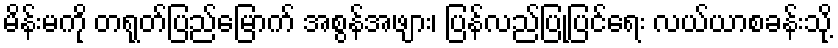
မိန်းမကို တရုတ်ပြည်မြောက် အစွန်အဖျား၊ ပြန်လည်ပြုပြင်ရေး လယ်ယာစခန်းသို့